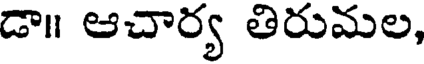
డా॥ ఆచార్య తిరుమల,